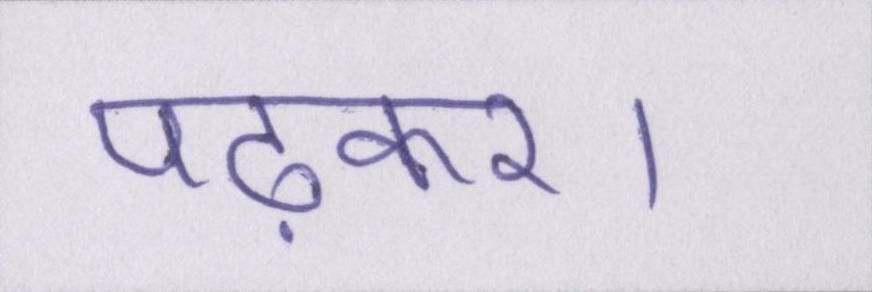
पढ़कर।